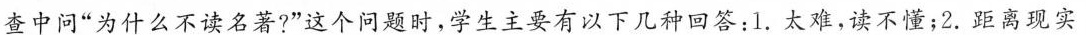
查中问”为什么不读名著?”这个问题时，学生主要有以下几种回答：1.太难，读不懂；2.距离现实